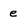
Character: e